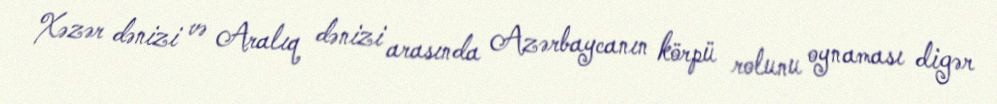
Xəzər dənizi və Aralıq dənizi arasında Azərbaycanın körpü rolunu oynaması digər